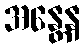
အန္တေန